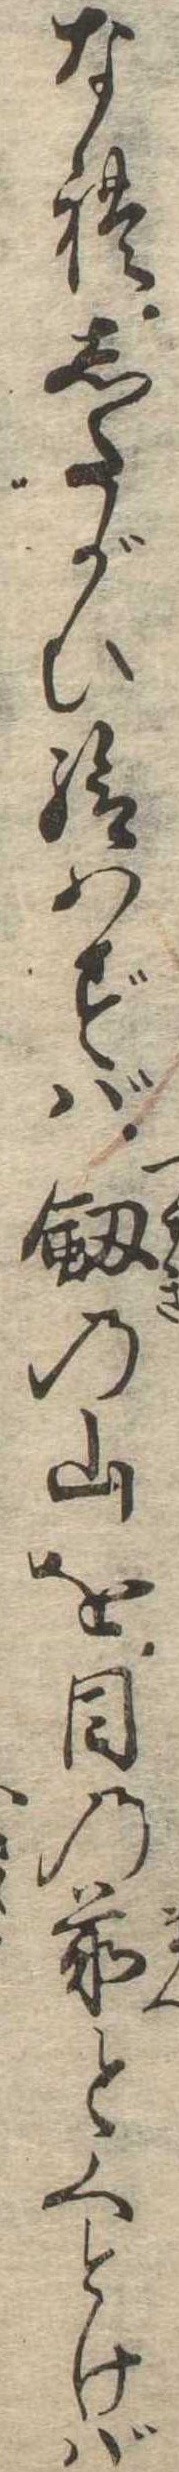
なれしたがひ給はずば剣の山を目の前とくどけば